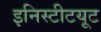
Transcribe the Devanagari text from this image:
इनिस्टीटयूट